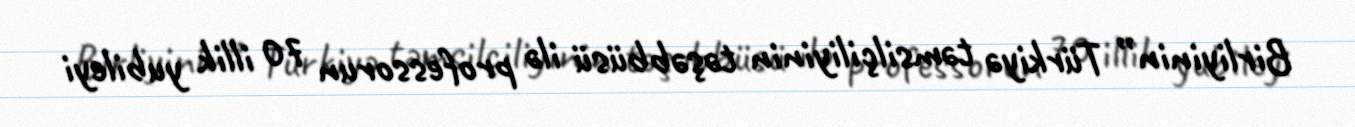
Birliyinin” Türkiyə təmsilçiliyinin təşəbbüsü ilə professorun 70 illik yubileyi